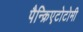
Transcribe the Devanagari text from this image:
पैन्क्रिएटोटोमी